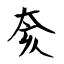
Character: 奒